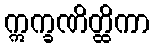
ဣက္ခဏိတ္ထိကာ